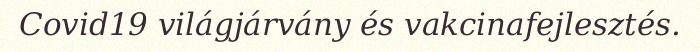
Covid19 világjárvány és vakcinafejlesztés.